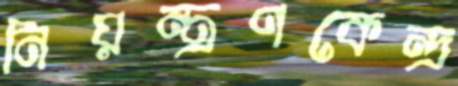
নিয়ন্ত্রণকেন্দ্র